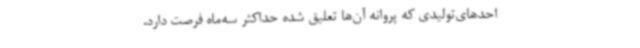
احدهای‌تولیدی که‌ پروانه‌ آن‌ها تعلیق ‌شده حداکثر سه‌ماه فرصت دارد،